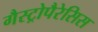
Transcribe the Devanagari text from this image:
गैस्ट्रोपैरेसिस